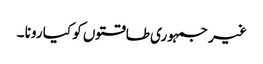
غیر جمہوری طاقتوں کو کیا رونا ۔